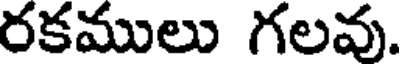
రకములు గలవు.